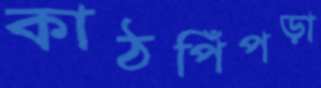
কাঠপিঁপড়া